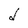
Character: d